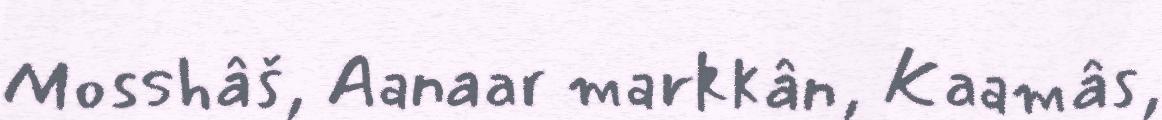
Mosshâš, Aanaar markkân, Kaamâs,